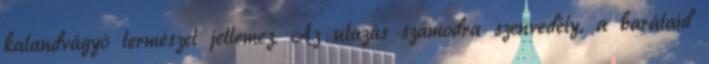
kalandvágyó természet jellemez. Az utazás számodra szenvedély, a barátaid